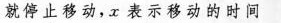
就停止移动，x表示移动的时间